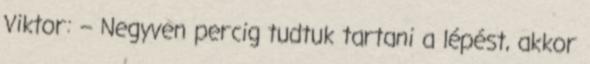
Viktor: – Negyven percig tudtuk tartani a lépést, akkor